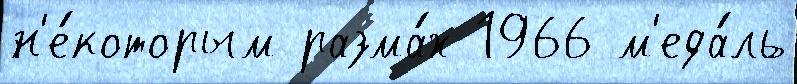
н'е́которым разма́х 1966 м'еда́ль